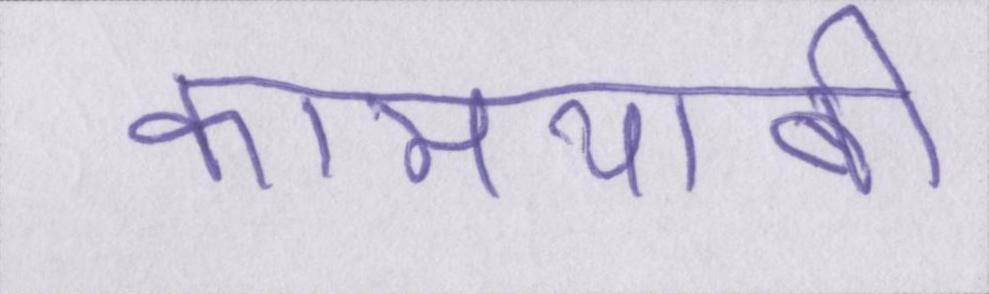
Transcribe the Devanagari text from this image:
कामयाबी